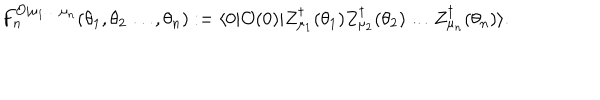
LaTeX: F _ { n } ^ { \mathcal { O } | \mu _ { 1 } \ldots \mu _ { n } } ( \theta _ { 1 } , \theta _ { 2 } \ldots , \theta _ { n } ) : = \langle 0 | \mathcal { O } ( 0 ) | Z _ { \mu _ { 1 } } ^ { \dagger } ( \theta _ { 1 } ) Z _ { \mu _ { 2 } } ^ { \dagger } ( \theta _ { 2 } ) \ldots Z _ { \mu _ { n } } ^ { \dagger } ( \theta _ { n } ) \rangle .